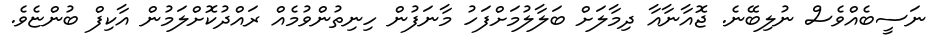
ނަސީބެއްވެސް ނުލިބޭނެ. ޖޮއާނާއާ ދިމާލަށް ބަލާލުމަށްފަހު މާނަފުން ހިނިތުންވުމެއް ރައްދުކޮށްލަމުން އާކިފް ބުންޏެވެ.